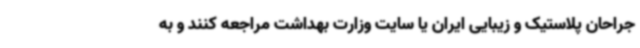
جراحان پلاستیک و زیبایی ایران یا سایت وزارت بهداشت مراجعه کنند و به